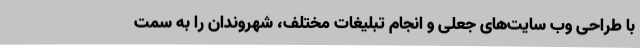
با طراحی وب سایت‌های جعلی و انجام تبلیغات مختلف، شهروندان را به سمت